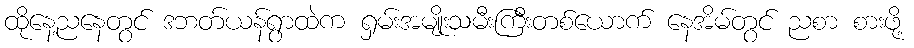
ထိုနေ့ညနေတွင် ဒဘတ်ယန်ရွာထဲက ရှမ်းအမျိုးသမီးကြီးတစ်ယောက် နေအိမ်တွင် ညစာ စားဖို့